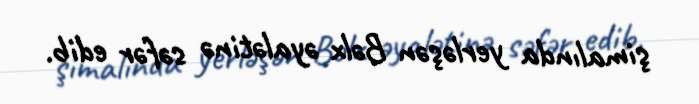
şimalında yerləşən Bəlx əyalətinə səfər edib.